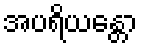
အပရိယန္တော